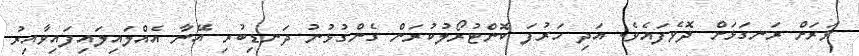
ވަރަށް ރަނގަޅަށް ދޮވެފައެވެ. އަދި ހަރުފަ ކޮންޓުރޯލުކުރަން ގެންގުޅުނު ދަނޑިބުރި އޭނާ އެއްލައިލައިފައިވާއިރު